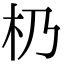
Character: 㭁